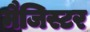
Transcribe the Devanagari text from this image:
मैजिस्टर